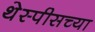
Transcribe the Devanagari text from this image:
थेस्पीसच्या